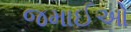
જમાઈઓ